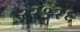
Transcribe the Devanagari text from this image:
२२९२६